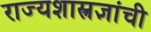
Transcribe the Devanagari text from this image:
राज्यशास्त्रज्ञांची